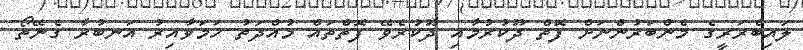
ލައިބްރަރީގެ މެންބަރުންނަށް ފޮތް ދޫކުރުމާއި ދޫކުރެވޭ ފޮތްތައް މުއްދަތު ހަމަވާއިރު އަނބުރާ ގެނޭތޯ